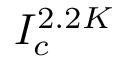
I _ { c } ^ { 2 . 2 K }